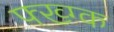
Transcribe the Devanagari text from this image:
फ्ख्ग्क